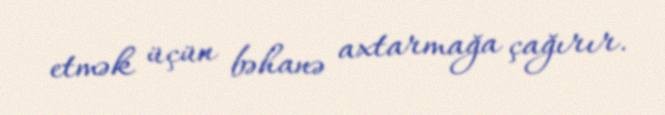
etmək üçün bəhanə axtarmağa çağırır.